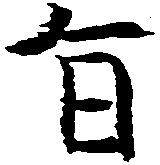
旨